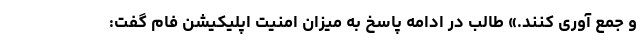
و جمع آوری کنند.» طالب در ادامه پاسخ به میزان امنیت اپلیکیشن فام گفت: